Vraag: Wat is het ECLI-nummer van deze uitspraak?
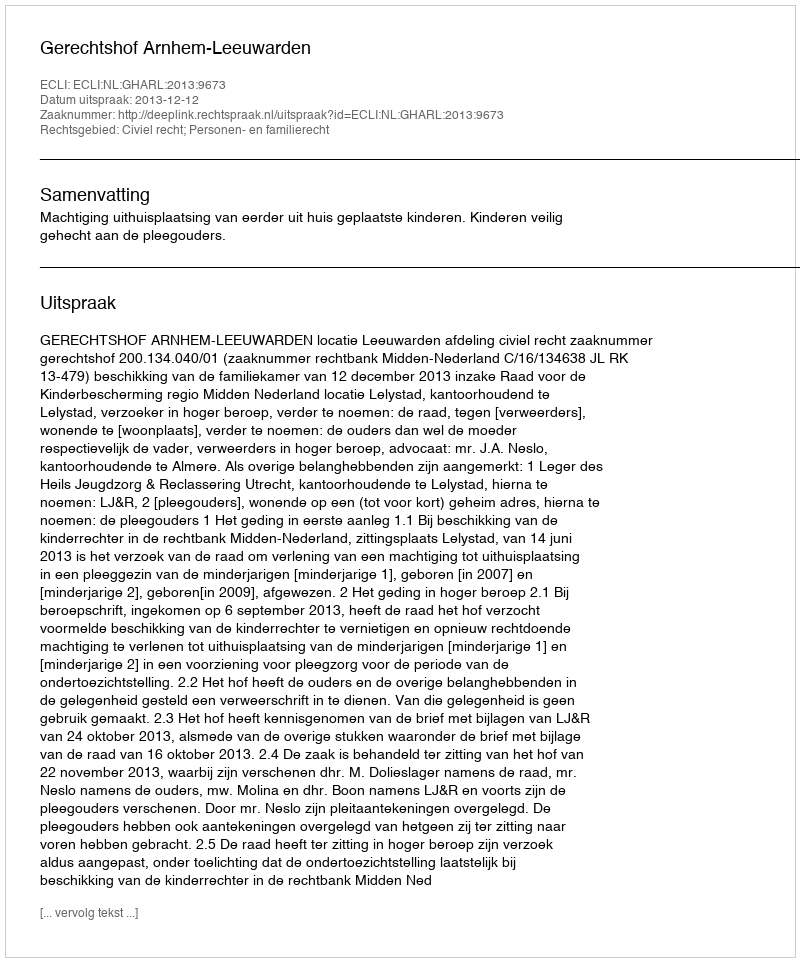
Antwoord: ECLI:NL:GHARL:2013:9673